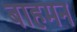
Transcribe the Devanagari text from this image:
बाहमन